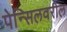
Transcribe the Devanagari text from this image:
पेन्सिलवरील